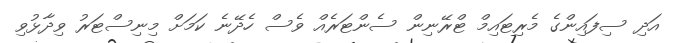
އަދި ސިފައިންގެ މެރިޓައިމް ޓްރޭނިން ސެންޓަރެއް ވެސް ހެދޭނެ ކަމަށް މިނިސްޓަރު ވިދާޅުވި